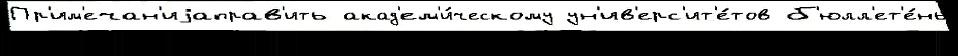
Пр'им'ечан'иjаправ'ить акад'ем'и́ческому ун'ив'ерс'ит'е́тов б'юлл'ет'е́нь